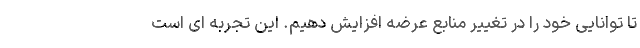
تا توانایی خود را در تغییر منابع عرضه افزایش دهیم. این تجربه ای است